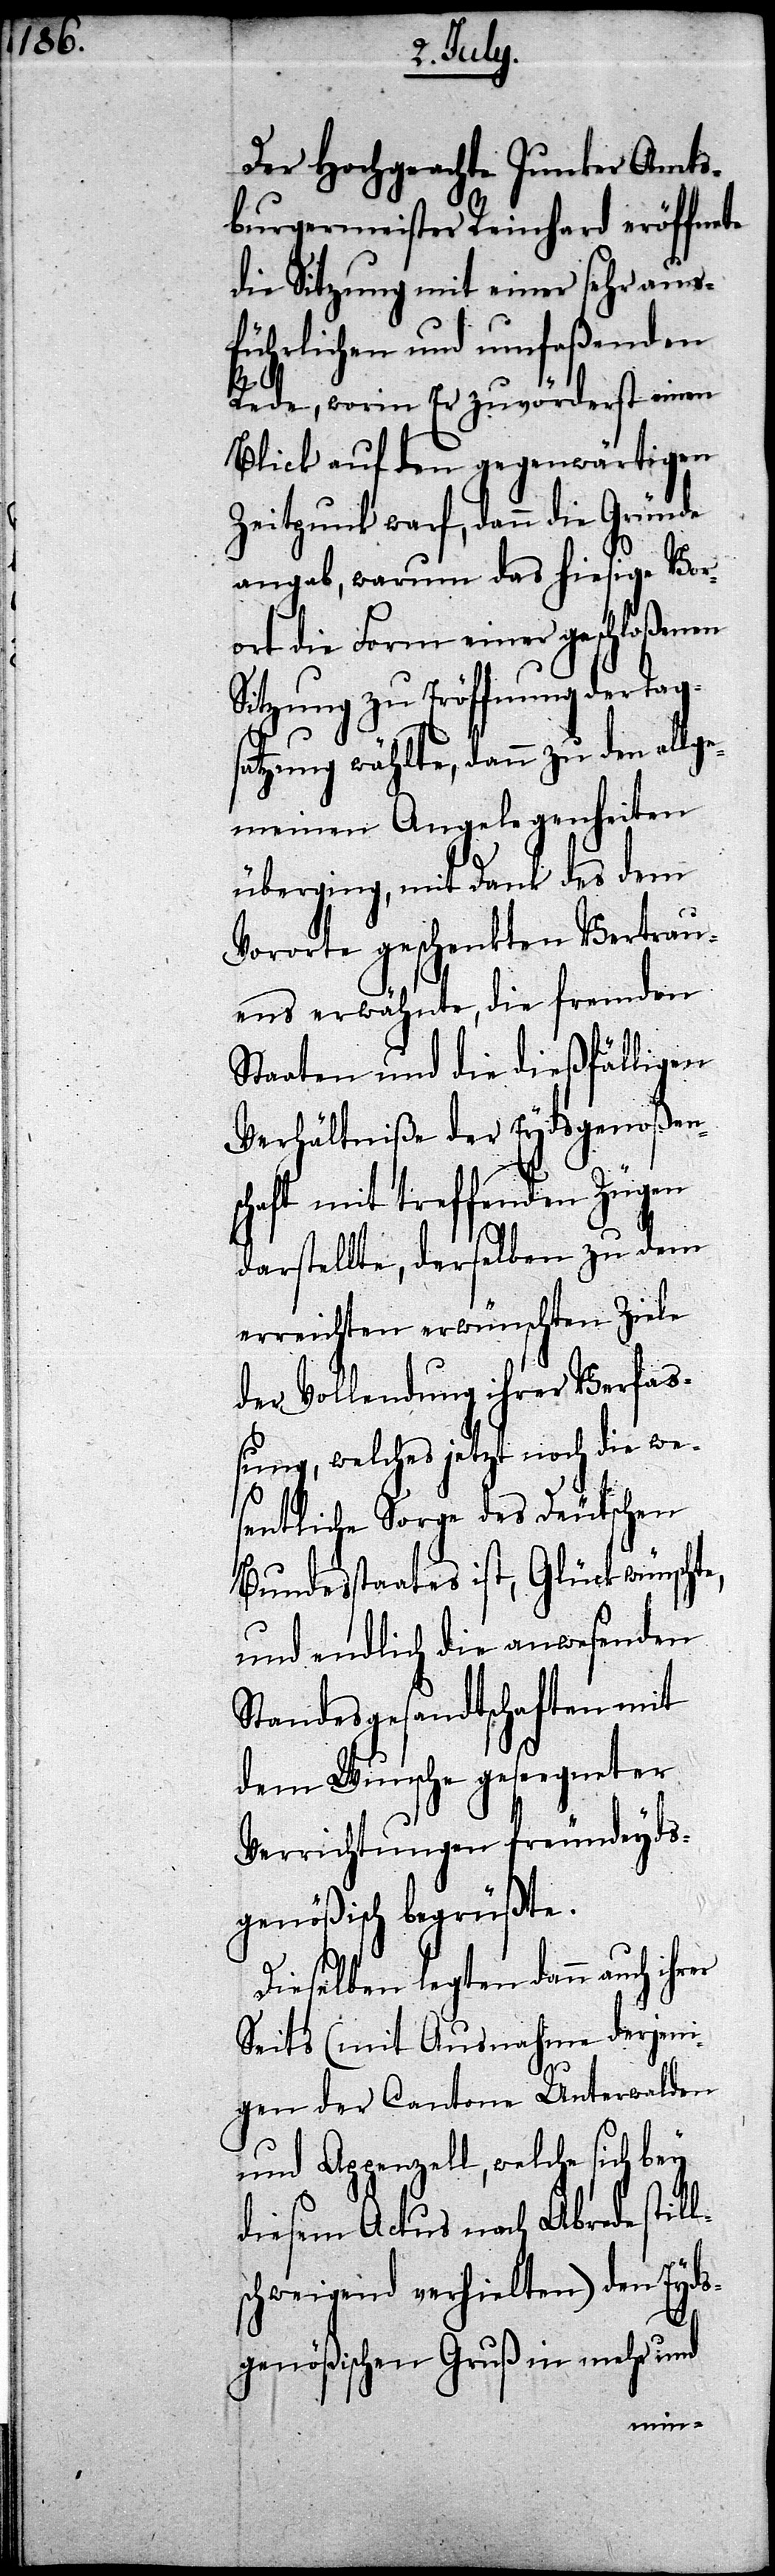
Der Hochgeachte Junker Amts¬
burgermeister Reinhard eröffnete
die Sitzung mit einer sehr aus¬
führlichen und umfaßenden
Rede, worin Er zuvörderst einen
Blick auf den gegenwärtigen
Zeitpunkt warf, dann die Gründe
angab, warum das hiesige Vor¬
ort die Form einer geschloßenen
Sitzung zu Eröffnung der Tag¬
satzung wählte, dann zu den allg¬
emeinen Angelegenheiten
überging, mit Dank des dem
Vororte geschenkten Vertrau¬
ens erwähnte, die fremden
Staaten und die dießfälligen
Verhältniße der Eydsgenoßen¬
schaft mit treffenden Zügen
darstellte, derselben zu dem
erreichten erwünschten Ziele
der Vollendung ihrer Verfa¬
ßung, welches jetzt noch die we¬
sentliche Sorge des Deutschen
Bundesstaates ist, Glück wünschte,
und endlich die anwesenden
Standesgesandtschaften mit
dem Wunsche geseegneter
Verrichtungen freundeyds¬
genößisch begrüßte.
Dieselben legten dann auch
Seits (mit Ausnahme derjeni¬
gen der Cantone Unterwalden
und Appenzell, welche sich bey
diesem Actus nach Abrede still¬
schweigend verhielten) den Eyds¬
genößischen Gruß in mehr und